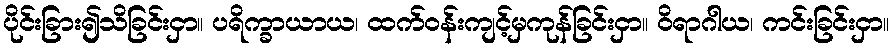
ပိုင်းခြား၍သိခြင်းငှာ။ ပရိက္ခာယာယ၊ ထက်ဝန်းကျင့်မှကုန်ခြင်းငှာ။ ဝိရာဂါယ၊ ကင်းခြင်းငှာ။